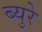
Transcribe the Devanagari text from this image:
ब्युरे